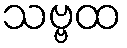
သဗ္ဗထ